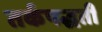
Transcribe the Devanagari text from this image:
तर्कपद्धती